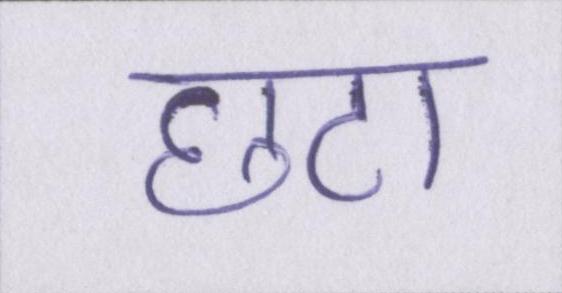
छटा